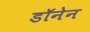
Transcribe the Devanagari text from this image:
डॉनेन